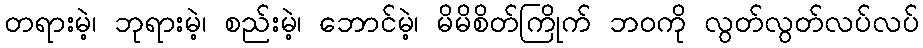
တရားမဲ့၊ ဘုရားမဲ့၊ စည်းမဲ့၊ ဘောင်မဲ့၊ မိမိစိတ်ကြိုက် ဘဝကို လွတ်လွတ်လပ်လပ်